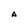
Character: A